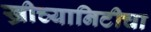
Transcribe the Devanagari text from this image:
ख्रीच्यानिटीचा